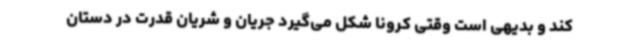
کند و بدیهی است وقتی کرونا شکل می‌گیرد جریان و شریان قدرت در دستان